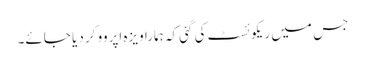
جس میں ریکوئسٹ کی گئی کہ ہمارا ویزہ اپروو کر دیا جائے۔